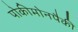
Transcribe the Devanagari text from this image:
पोकीमोनपैकी